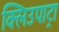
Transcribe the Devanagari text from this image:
क्लिउपाट्रा